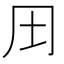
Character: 𱖆